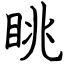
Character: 眺